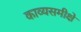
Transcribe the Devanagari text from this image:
काव्यसमीक्षे